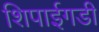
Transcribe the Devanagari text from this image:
शिपाईगडी